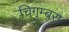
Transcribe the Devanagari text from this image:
चिगुम्बरा